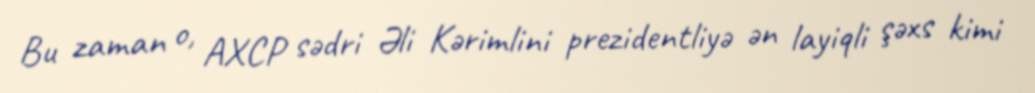
Bu zaman o, AXCP sədri Əli Kərimlini prezidentliyə ən layiqli şəxs kimi